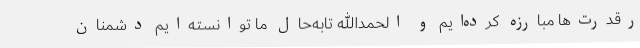
رقدرت‌ها مبارزه کرده‌ایم و الحمدالله تابه‌حال ما توانسته‌ایم دشمنان